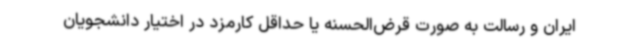
ایران و رسالت به صورت قرض‌الحسنه یا حداقل کارمزد در اختیار دانشجویان